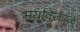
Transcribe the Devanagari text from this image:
मर्यादेजवळ